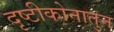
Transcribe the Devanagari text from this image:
दृष्टीकोनातुन